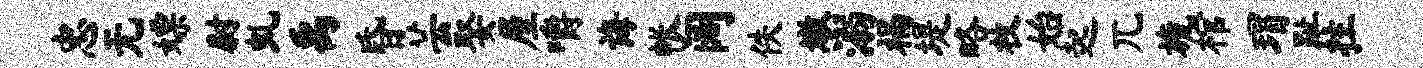
忠无嫖尉虬禹昏芸娶屋嚼诲帐阔佚墩溺祸堤略枚始起兀旒棺瑁趾拄